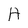
Character: H